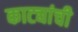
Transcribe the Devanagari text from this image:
काट्यांची